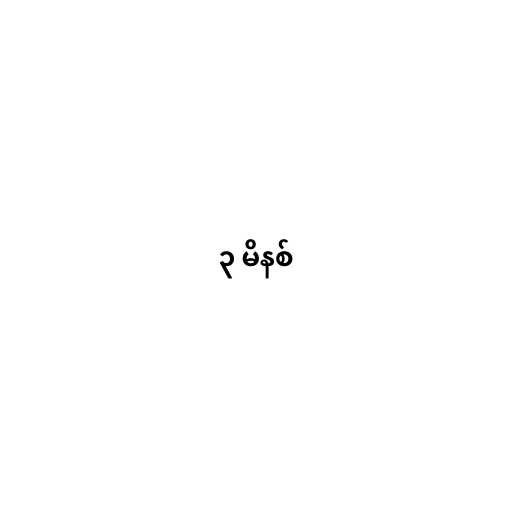
၃ မိနစ်